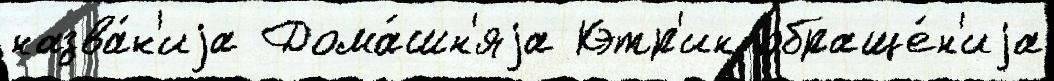
назва́н'иjа Дома́шн'яjа Кэтр'ин обраще́н'иjа